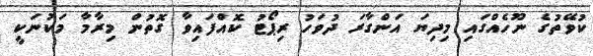
ކުވޭތުގެ ނޫހެއްގައި މިދިޔަ އަންގާރަ ދުވަހު ރިޕޯޓު ކޮއްފައިވާ ގޮތުން މިރާމާ މަކުނަކީ